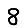
Digit: 8